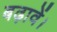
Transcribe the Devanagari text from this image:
बढ़ावें।